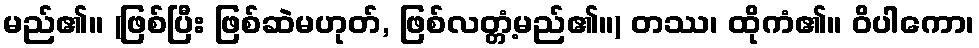
မည်၏။ (ဖြစ်ပြီး ဖြစ်ဆဲမဟုတ်, ဖြစ်လတ္တံ့မည်၏။) တဿ၊ ထိုကံ၏။ ဝိပါကော၊